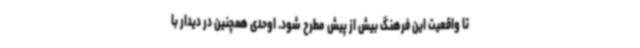
تا واقعیت این فرهنگ بیش از پیش مطرح شود. اوحدی همچنین در دیدار با